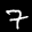
Label: 7